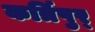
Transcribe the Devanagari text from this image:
कर्त्रिपुर्